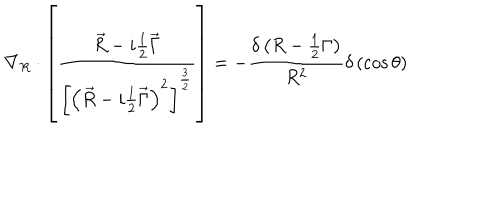
\nabla _ { R } \cdot \left[ \frac { \vec { R } - i \frac 1 2 \vec { \Gamma } } { \left[ \left( \vec { R } - i \frac 1 2 \vec { \Gamma } \right) ^ { 2 } \right] ^ { \frac 3 2 } } \right] = - \frac { \delta \left( R - \frac 1 2 \Gamma \right) } { R ^ { 2 } } \delta \left( \cos \theta \right)